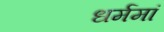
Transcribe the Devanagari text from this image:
धर्ममां